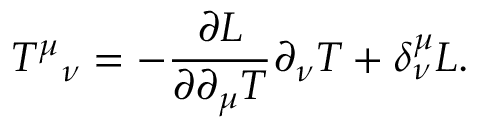
T ^ { \mu } { } _ { \nu } = - { \frac { \partial { \cal L } } { \partial \partial _ { \mu } T } } \partial _ { \nu } T + \delta _ { \nu } ^ { \mu } { \cal L } .